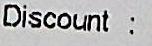
DISCOUNT :